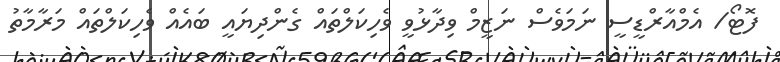
ފޮޓޯ/ އެމްއާރްޑީސީ ނަމަވެސް ނަޒީމް ވިދާޅުވީ ވެހިކަލްތައް ގެންދިޔައީ ބައެއް ވެހިކަލްތައް މަރާމާތު